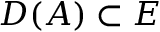
D ( A ) \subset E